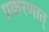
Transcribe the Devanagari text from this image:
प्रकरणात्‌